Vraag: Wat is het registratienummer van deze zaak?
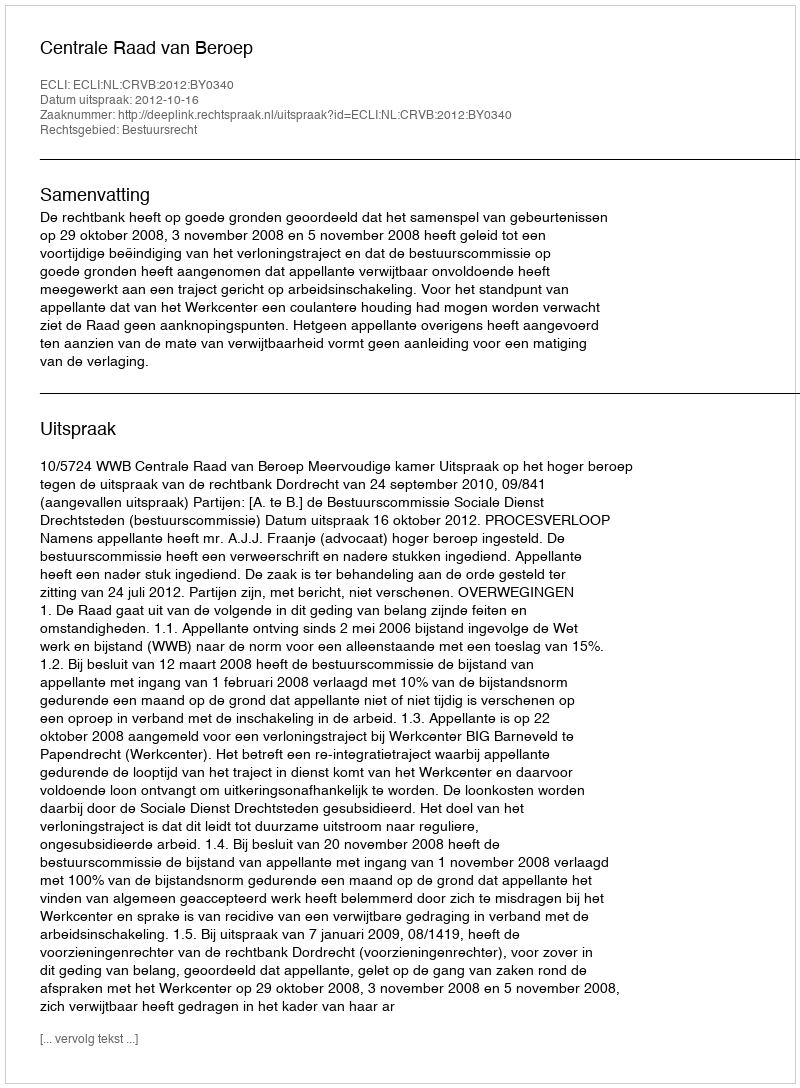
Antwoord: http://deeplink.rechtspraak.nl/uitspraak?id=ECLI:NL:CRVB:2012:BY0340